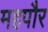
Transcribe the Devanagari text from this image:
महपौर